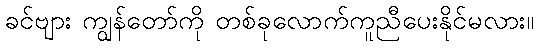
ခင်ဗျား ကျွန်တော်ကို တစ်ခုလောက်ကူညီပေးနိုင်မလား။